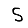
Digit: 5